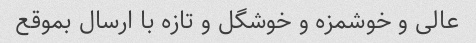
عالی و خوشمزه و خوشگل و تازه با ارسال بموقع